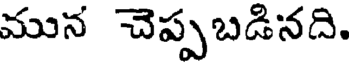
మున చెప్పబడినది.